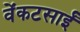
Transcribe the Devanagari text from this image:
वेंकटसाईं